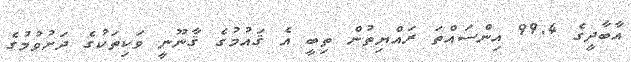
އާބާދީގެ 99.4 އިންސައްތަ ރައްޔިތުން ތިބީ އެ ޤައުމުގެ ޤާނޫނީ ވަކިތަކުގެ ދަށުވުމުގެ